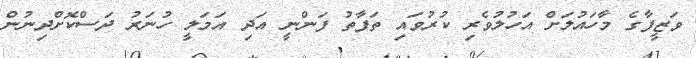
ވަޒީފާގެ މާހައުލަށް އަހުލުވެރި ކުރުވައި ތަފާތު ފަންނީ އަދި އަމަލީ ހުނަރު ދަސްކޮށްދިނުން